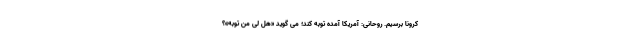
کرونا برسیم. روحانی: آمریکا آمده توبه کند؛ می گوید «هل لی من توبه»؟